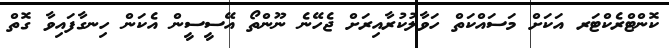
ކޮންޓްރެކްޓަރ އަކަށް މަސައްކަތް ހަވާލުކުރާއިރަށް ޖެހޭނެ ނޫންތޯ އޭސީސީން އެކަން ހިނގާފައިވާ ގޮތް